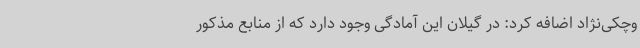
وچکی‌نژاد اضافه کرد: در گیلان این آمادگی وجود دارد که از منابع مذکور